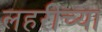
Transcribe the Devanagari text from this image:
लहरीच्या